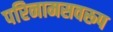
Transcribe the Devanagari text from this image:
परिनामसवरूप